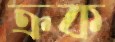
ক্রক